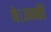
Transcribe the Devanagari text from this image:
थे।उनकी